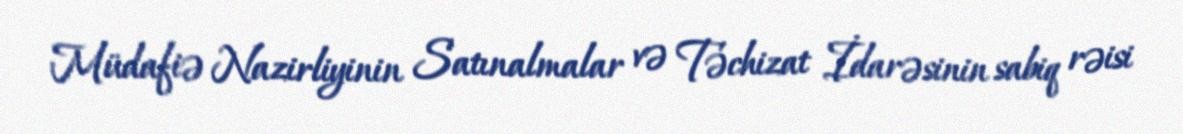
Müdafiə Nazirliyinin Satınalmalar və Təchizat İdarəsinin sabiq rəisi